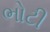
ભોટી